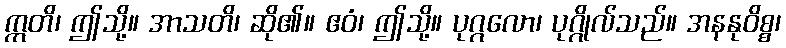
ဣတိ၊ ဤသို့။ အာသတိ၊ ဆို၏။ ဧဝံ၊ ဤသို့။ ပုဂ္ဂလော၊ ပုဂ္ဂိုလ်သည်။ အနနုဝိစ္စ၊